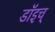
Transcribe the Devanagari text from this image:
डॉइच्